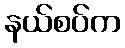
နယ်စပ်က